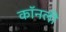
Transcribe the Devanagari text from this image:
कॉनली